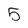
Character: 5